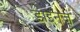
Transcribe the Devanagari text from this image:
डाइनर्ज़